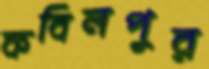
কবিলপুর